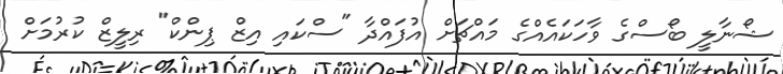
ޝޯނާލީ ބޯސްގެ ވާހަކައެއްގެ މައްޗަށް އުފައްދާ "ސްކައި އިޒް ޕިންކް" ރިލީޒް ކުރުމަށް